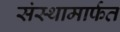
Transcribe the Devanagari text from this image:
संस्थामार्फत